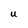
Character: U